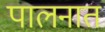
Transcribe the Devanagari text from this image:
पालनात